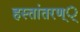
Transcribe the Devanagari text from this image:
हस्तांतरण््